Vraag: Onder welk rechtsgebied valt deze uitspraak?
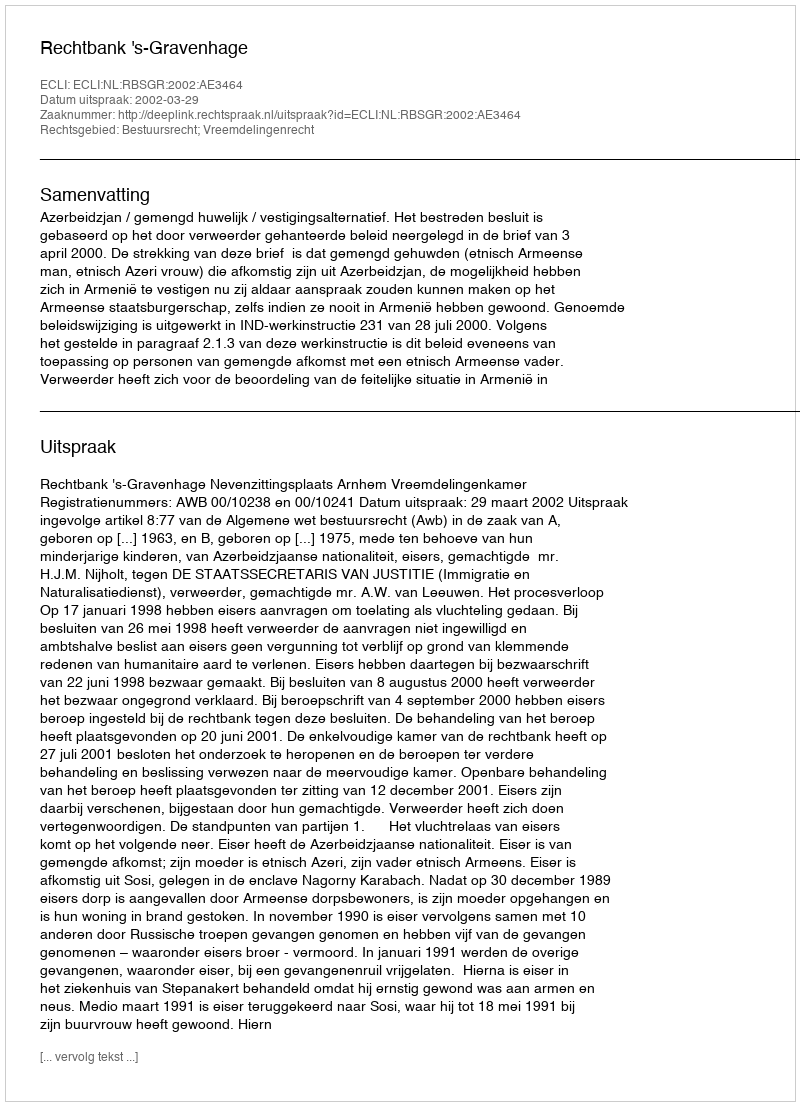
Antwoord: Bestuursrecht; Vreemdelingenrecht